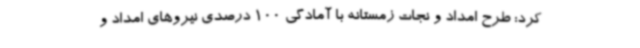
کرد: طرح امداد و نجات زمستانه با آمادگی 100 درصدی نیروهای امداد و